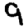
Digit: 9